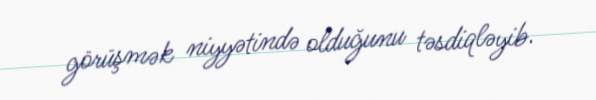
görüşmək niyyətində olduğunu təsdiqləyib.